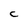
Character: C